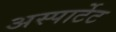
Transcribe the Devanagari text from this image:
अस्पार्टेट